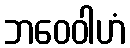
ဘဝေဝါဟံ